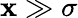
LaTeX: \mathbf{x}\gg\sigma